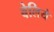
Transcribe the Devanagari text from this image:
बेलिये